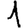
Digit: 1